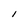
Character: l